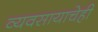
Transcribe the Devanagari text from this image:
व्यवसायाचेही